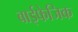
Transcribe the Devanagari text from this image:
बाईफेजिक